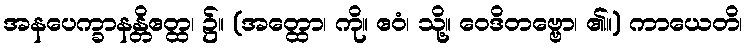
အနပေက္ခာနန္တိဧတ္ထ၊ ၌။ (အတ္ထော၊ ကို။ ဧဝံ၊ သို့။ ဝေဒိတဗ္ဗော၊ ၏။) ကာယေတိ၊